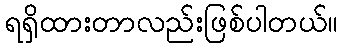
ရရှိထားတာလည်းဖြစ်ပါတယ်။